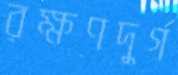
রক্ষণদুর্গ